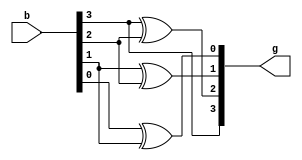
`timescale 1ns / 1ps
module binar_gray(b,g);
input [3:0] b;
output [3:0] g;
assign g[3]=b[3];
assign g[2]=b[3]^b[2];
assign g[1]=b[1]^b[2];
assign g[0]=b[0]^b[1];
endmodule

module test_gray;
reg [3:0] b;
wire [3:0] g;

	initial begin
	    b =4'b111;
	end
	
    binar_gray conv(b, g);
endmodule